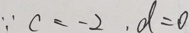
\because c = - 2 , d = 0